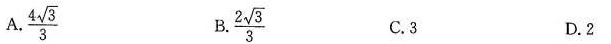
A.\frac{4 \sqrt{3}}{3} B. \frac{2 \sqrt{3}}{3} C.3 D.2